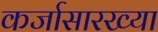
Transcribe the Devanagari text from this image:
कर्जासारख्या